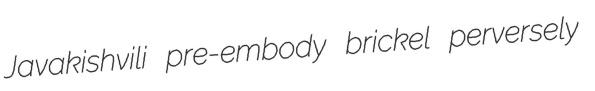
Javakishvili pre-embody brickel perversely